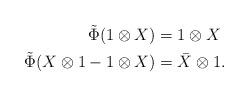
LaTeX: \begin{align*} \tilde{\Phi}(1\otimes X)&=1\otimes X \\ \tilde{\Phi}(X\otimes 1 -1\otimes X)&=\Bar{X}\otimes 1.\end{align*}